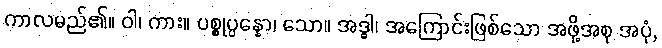
ကာလမည်၏။ ဝါ၊ ကား။ ပစ္စုပ္ပန္နော၊ သော။ အဒ္ဓါ၊ အကြောင်းဖြစ်သော အဖို့အစု အပုံ,